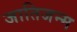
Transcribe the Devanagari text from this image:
जातिजन्म